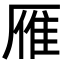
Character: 雁